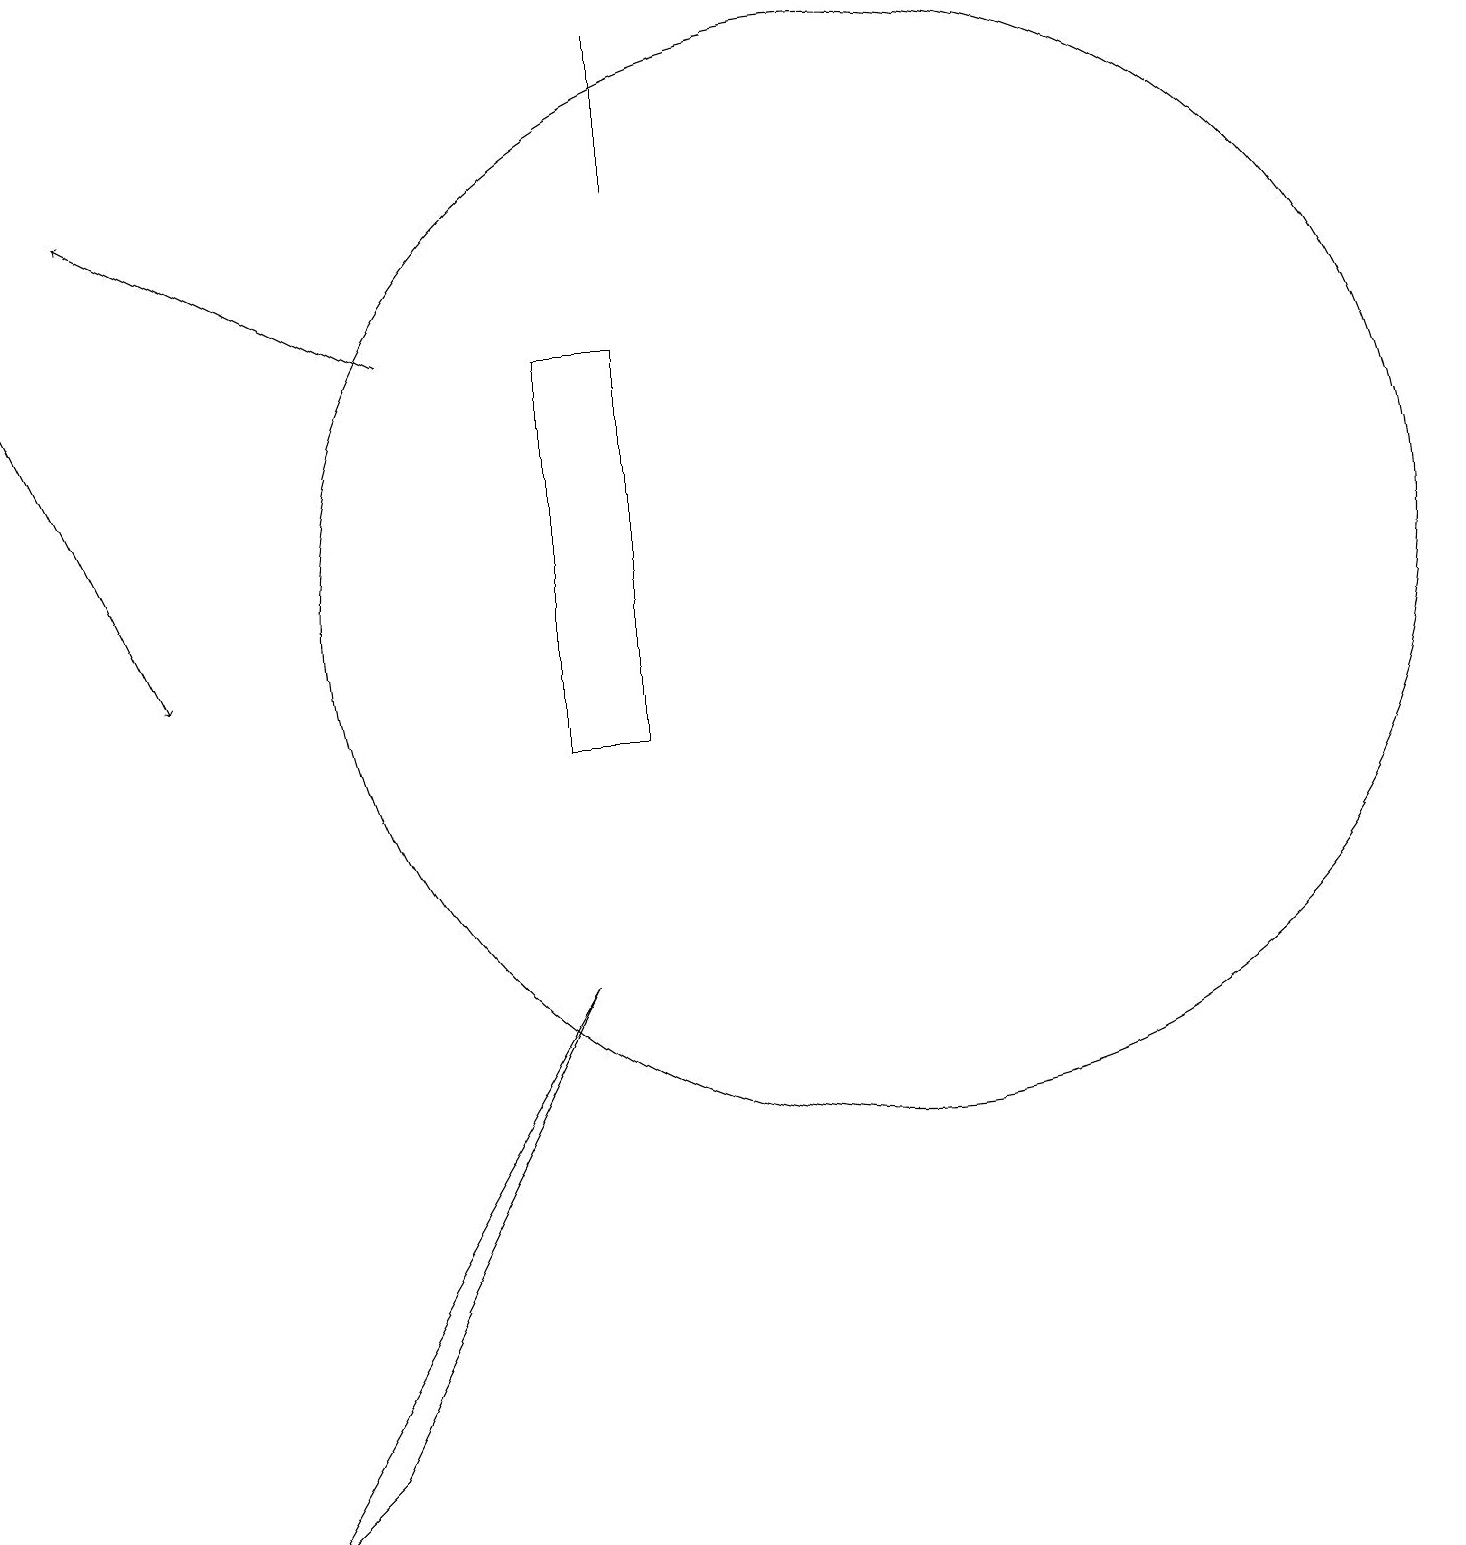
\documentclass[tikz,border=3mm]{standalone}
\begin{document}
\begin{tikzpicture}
\draw (12,12) circle (7);
\draw (4,0) -- (5,1) -- (8,7) -- cycle;
\draw (8,15) rectangle (9,10);
\draw (9,19) rectangle (9,17);
\draw[->] (6,15) -- (2,17);
\draw[->] (1,15) -- (3,11);
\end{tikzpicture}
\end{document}